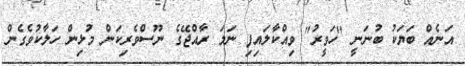
އަނެއް ބަޔަކު ބުނަނީ "ހަވީރު" ވިއްކާލައިފި ނަމަ ރާއްޖޭގެ ނޫސްވެރިކަން މުޅިން ހަލާކުވެގެން